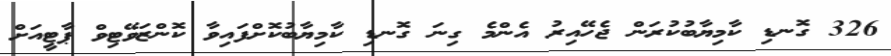
326 ގޮނޑި ކާމިޔާބުކުރަން ޖެހޭއިރު އެންމެ ގިނަ ގޮނޑި ކާމިޔާބުކޮށްފައިވާ ކޮންޒަވޭޓިވް ޕާޓީއަށް